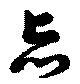
忘